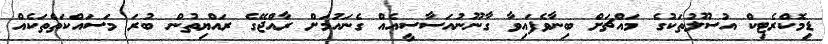
ޑިމޮކްރެޓިކް އުސޫލުތަކުގެ މައްޗަށް ބިނާވެފައިވާ ގާނޫނުއަސާސީއެއް ގެނައުމަށް ރާއްޖޭގެ ރައްޔިތުން ބުރަ މަސައްކަތްތަކެއް